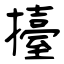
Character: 擡